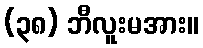
(၃၈) ဘီလူးမအား။